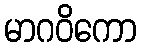
မာဂဝိကော